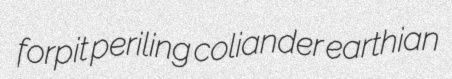
forpit periling coliander earthian